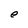
Character: e